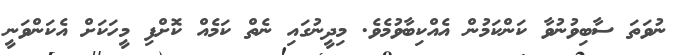
ނުވަތަ ސާބިވުނުވާ ކަންކަމުން އެއްކިބާވުމެވެ. މިދީނުގައި ނެތް ކަމެއް ކޮށްފި މީހަކަށް އެކަންވަނީ